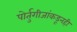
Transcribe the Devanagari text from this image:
पोर्तुगीजांकडूनही